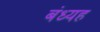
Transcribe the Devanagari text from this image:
बंध्यह